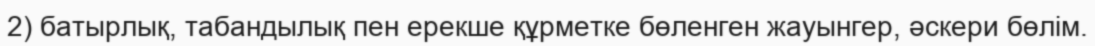
2) батырлық, табандылық пен ерекше құрметке бөленген жауынгер, әскери бөлім.